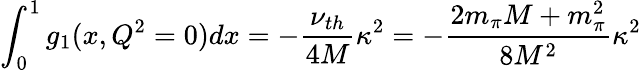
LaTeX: \int_{0}^{1}g_{1}(x,Q^{2}=0)dx=-\frac{\nu_{th}}{4M}\kappa^{2}=-\frac{2m_{\pi}M+m_{\pi}^{2}}{8M^{2}}\kappa^{2}